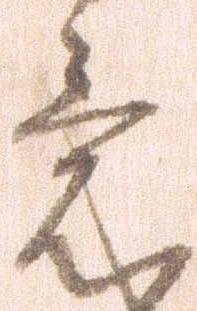
意